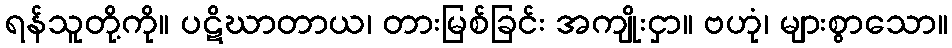
ရန်သူတို့ကို။ ပဋိဃာတာယ၊ တားမြစ်ခြင်း အကျိုးငှာ။ ဗဟုံ၊ များစွာသော။